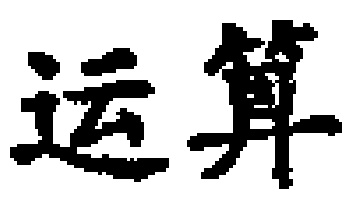
运算